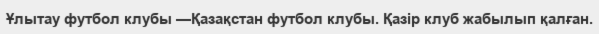
Ұлытау футбол клубы —Қазақстан футбол клубы. Қазір клуб жабылып қалған.